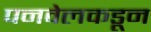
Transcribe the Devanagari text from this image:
पनवेलकडून